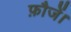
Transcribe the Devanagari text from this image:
फ़ौजें।